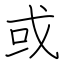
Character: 或